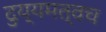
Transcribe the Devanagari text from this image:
दुय्यमत्वच